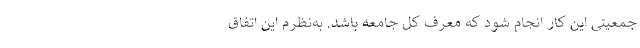
جمعیتی این کار انجام شود که معرف کل جامعه باشد. به‌نظرم این اتفاق